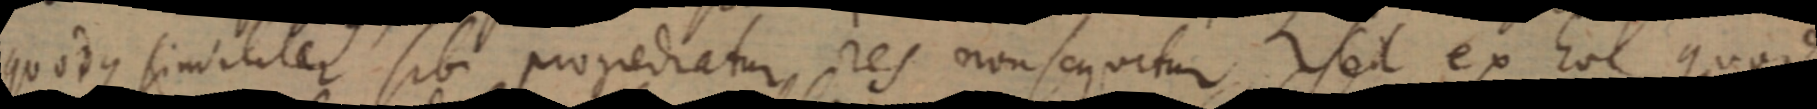
quodus similiter sibi progiedratur res non sequitur sed ex hoc quod